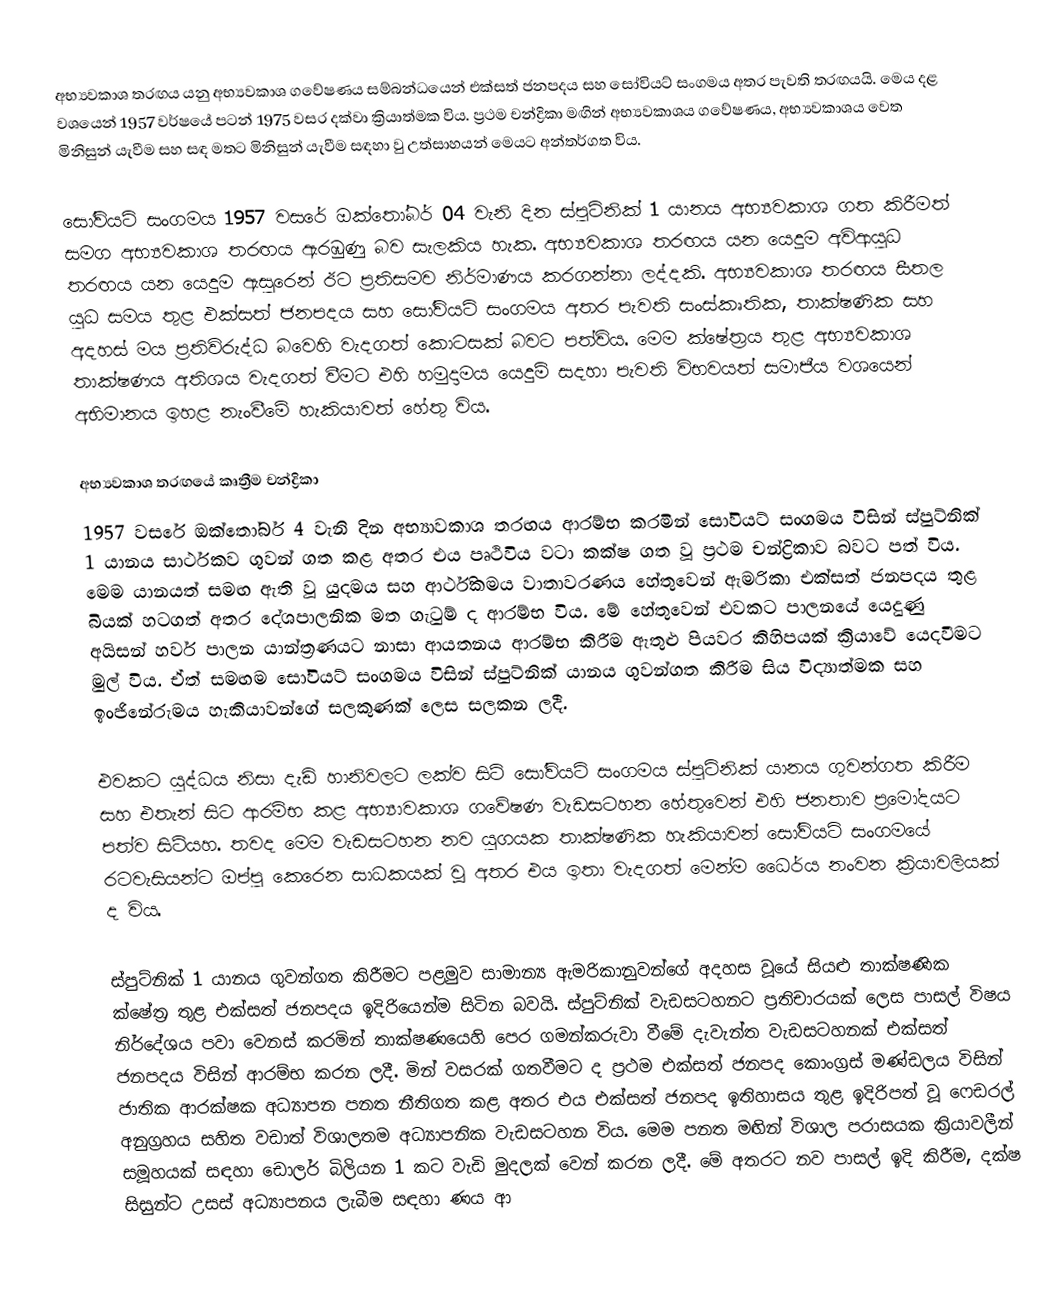
අභ්‍යවකාශ තරඟය යනු අභ්‍යවකාශ ගවේෂණය සම්බන්ධයෙන් එක්සත් ජනපදය සහ සෝවියට් සංගමය අතර පැවති තරඟයයි. මෙය දළ වශයෙන් 1957 වර්ෂයේ පටන් 1975 වසර දක්වා ක්‍රියාත්මක විය. ප්‍රථම චන්ද්‍රිකා මඟින් අභ්‍යවකාශය ගවේෂණය, අභ්‍යවකාශය වෙත මිනිසුන් යැවීම සහ සඳ මතට මිනිසුන් යැවීම සඳහා වු උත්සාහයන් මෙයට අන්තර්ගත විය.

සෝවියට් සංගමය 1957 වසරේ ඔක්තෝබර් 04 වැනි දින ස්පුට්නික් 1 යානය අභ්‍යවකාශ ගත කිරීමත් සමග අභ්‍යවකාශ තරඟය ඇරඹුණු බව සැලකිය හැක. අභ්‍යවකාශ තරඟය යන යෙදුම අවිආයුධ තරඟය යන යෙදුම ඇසුරෙන් ඊට ප්‍රතිසමව නිර්මාණය කරගන්නා ලද්දකි. අභ්‍යවකාශ තරඟය සීතල යුධ සමය තුළ එක්සත් ජනපදය සහ සෝවියට් සංගමය අතර පැවති සංස්කෘතික, තාක්ෂණික සහ අදහස් මය ප්‍රතිවිරුද්ධ බවෙහි වැදගත් කොටසක් බවට පත්විය. මෙම ක්ෂේත්‍රය තුළ අභ්‍යවකාශ තාක්ෂණය අතිශය වැදගත් වීමට එහි හමුදාමය යෙදුම් සදහා පැවති විභවයත් සමාජීය වශයෙන් අභිමානය ඉහළ නැංවීමේ හැකියාවත් හේතු විය.

අභ්‍යවකාශ තරඟයේ කෘත්‍රීම චන්ද්‍රිකා
1957 වසරේ ඔක්තෝබර් 4 වැනි දින අභ්‍යාවකාශ තරඟය ආරම්භ කරමින් සෝවියට් සංගමය විසින් ස්පුට්නික් 1 යානය සාර්ථකව ගුවන් ගත කළ අතර එය පෘථිවිය වටා කක්ෂ ගත වූ ප්‍රථම චන්ද්‍රිකාව බවට පත් විය. මෙම යානයත් සමඟ ඇති වූ යුදමය සහ ආර්ථිකමය වාතාවරණය හේතුවෙන් ඇමරිකා එක්සත් ජනපදය තුළ බියක් හටගත් අතර දේශපාලනික මත ගැටුම් ද ආරම්භ විය. මේ හේතුවෙන් එවකට පාලනයේ යෙදුණු අයිසන් හවර් පාලන යාන්ත්‍රණයට නාසා ආයතනය ආරම්භ කිරීම ඇතුළු පියවර කිහිපයක් ක්‍රියාවේ යෙදවීමට මුල් විය. ඒත් සමඟම සෝවියට් සංගමය විසින් ස්පුට්නික් යානය ගුවන්ගත කිරීම සිය විද්‍යාත්මක සහ ඉංජිනේරුමය හැකියාවන්ගේ සලකුණක් ලෙස සලකන ලදී.

එවකට යුද්ධය නිසා දැඩි හානිවලට ලක්ව සිටි සෝවියට් සංගමය ස්පුට්නික් යානය ගුවන්ගත කිරීම සහ එතැන් සිට ආරම්භ කළ අභ්‍යාවකාශ ගවේෂණ වැඩසටහන හේතුවෙන් එහි ජනතාව ප්‍රමෝදයට පත්ව සිටියහ. තවද මෙම වැඩසටහන නව යුගයක තාක්ෂණික හැකියාවන් සෝවියට් සංගමයේ රටවැසියන්ට ඔප්පු කෙරෙන සාධකයක් වූ අතර එය ඉතා වැදගත් මෙන්ම ධෛර්ය නංවන ක්‍රියාවලියක් ද විය.

ස්පුට්නික් 1 යානය ගුවන්ගත කිරීමට පළමුව සාමාන්‍ය ඇමරිකානුවන්ගේ අදහස වූයේ සියළු තාක්ෂණික ක්ෂේත්‍ර තුළ එක්සත් ජනපදය ඉදිරියෙන්ම සිටින බවයි. ස්පුට්නික් වැඩසටහනට ප්‍රතිචාරයක් ලෙස පාසල් විෂය නිර්දේශය පවා වෙනස් කරමින් තාක්ෂණයෙහි පෙර ගමන්කරුවා වීමේ දැවැන්ත වැඩසටහනක් එක්සත් ජනපදය විසින් ආරම්භ කරන ලදී. මින් වසරක් ගතවීමට ද ප්‍රථම එක්සත් ජනපද කොංග්‍රස් මණ්ඩලය විසින් ජාතික ආරක්ෂක අධ්‍යාපන පනත නීතිගත කළ අතර එය එක්සත් ජනපද ඉතිහාසය තුළ ඉදිරිපත් වූ ෆෙඩරල් අනුග්‍රහය සහිත වඩාත් විශාලතම අධ්‍යාපනික වැඩසටහන විය. මෙම පනත මඟින් විශාල පරාසයක ක්‍රියාවලීන් සමූහයක් සඳහා ඩොලර් බිලියන 1 කට වැඩි මුදලක් වෙන් කරන ලදී. මේ අතරට නව පාසල් ඉදි කිරීම, දක්ෂ සිසුන්ට උසස් අධ්‍යාපනය ලැබීම සඳහා ණය ආ